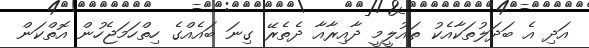
އަދި އެ ބަދަލުތަކާއެކު ތައުލީމީ ދާއިރާއާ ދެތެރޭ ގިނަ ބައެއްގެ ހިތްހަމަޖެހުން އޮތްކަން